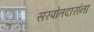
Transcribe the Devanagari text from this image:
सरपोतदारांना